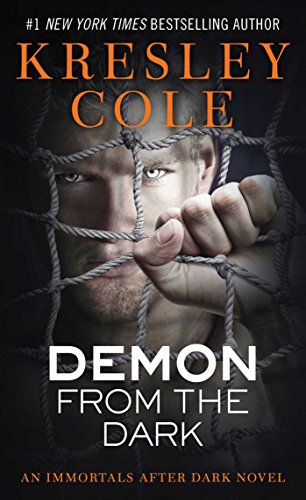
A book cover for Demon from the Dark (Immortals After Dark Series, Book 8); Kresley Cole; Romance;